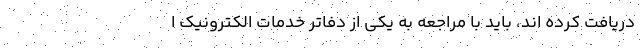
دریافت کرده اند، باید با مراجعه به یکی از دفاتر خدمات الکترونیک ا